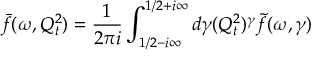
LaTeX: \bar { f } ( \omega , Q _ { t } ^ { 2 } ) = { \frac { 1 } { 2 \pi i } } \int _ { 1 / 2 - i \infty } ^ { 1 / 2 + i \infty } d \gamma ( Q _ { t } ^ { 2 } ) ^ { \gamma } \tilde { f } ( \omega , \gamma )